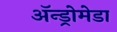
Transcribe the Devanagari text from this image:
अॅन्ड्रोमेडा